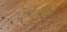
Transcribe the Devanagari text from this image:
एमाज़ोनास